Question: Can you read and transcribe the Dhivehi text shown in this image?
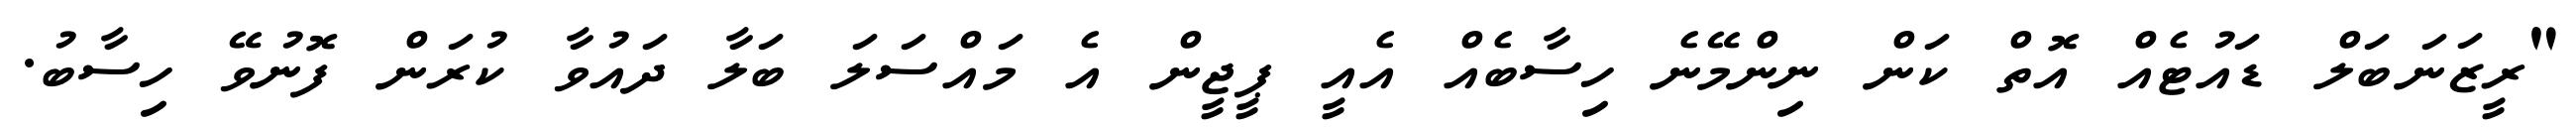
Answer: "ރީޒަނަބަލް ޑައުޓެއް އޮތް ކަން ނިންމޭނެ ހިސާބެއް އެއީ ޕީޖީން އެ މައްސަލަ ބަލާ ދައުވާ ކުރަން ފޮނުވޭ ހިސާބު.